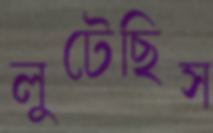
লুটেছিস